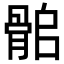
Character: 𩨽